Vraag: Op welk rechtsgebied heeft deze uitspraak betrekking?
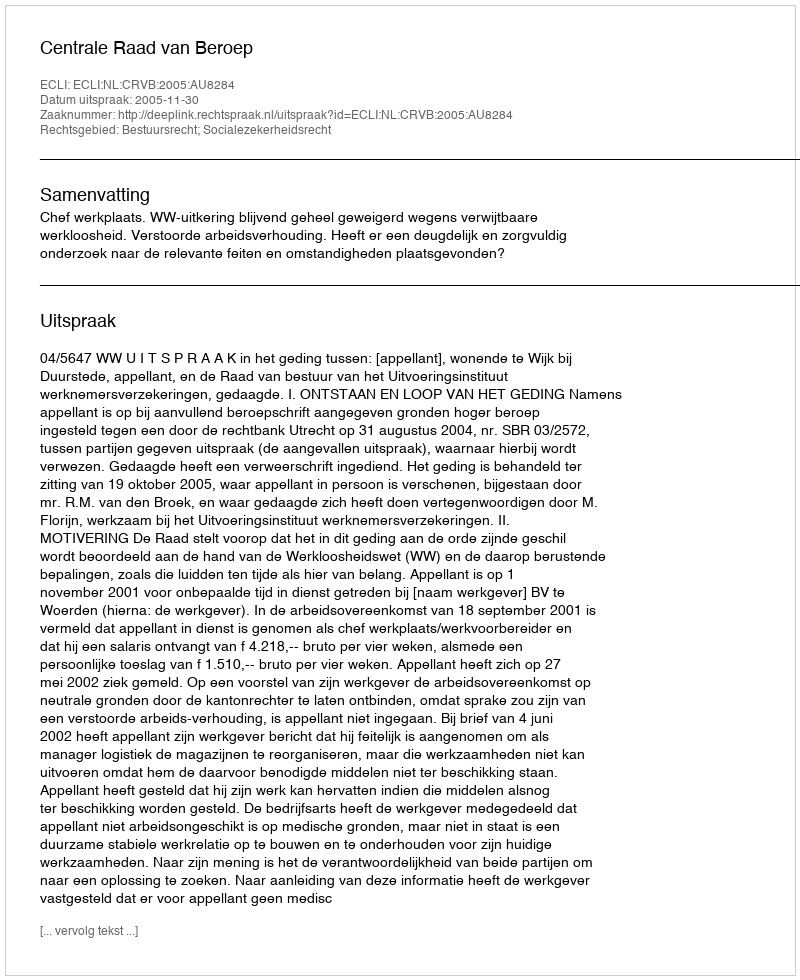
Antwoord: Bestuursrecht; Socialezekerheidsrecht